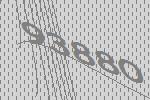
93880